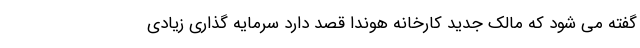
گفته می شود که مالک جدید کارخانه هوندا قصد دارد سرمایه گذاری زیادی